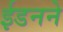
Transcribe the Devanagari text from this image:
ईडनने